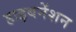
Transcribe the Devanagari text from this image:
हाइबनेंशन